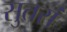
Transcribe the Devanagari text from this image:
सुतरां